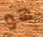
هو